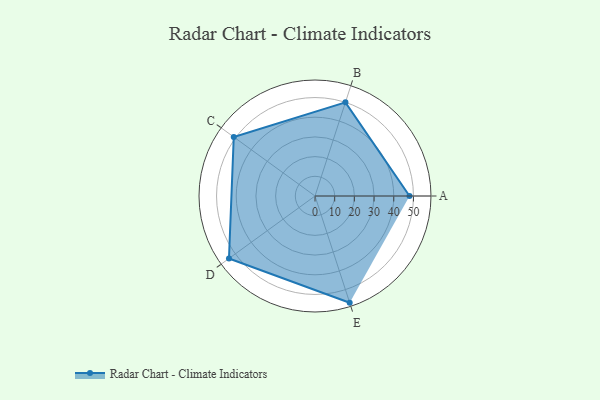
{"axis": {"x": "Skill", "y": "Score"}, "legend": ["Profile"], "data": [{"x": "A", "y": 48.0, "type": "Profile"}, {"x": "B", "y": 50.0, "type": "Profile"}, {"x": "C", "y": 51.0, "type": "Profile"}, {"x": "D", "y": 54.0, "type": "Profile"}, {"x": "E", "y": 57.0, "type": "Profile"}]}